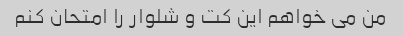
من می خواهم این کت و شلوار را امتحان کنم